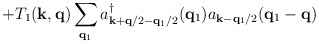
\begin{align*}+ T_{1}({\bf{k}}, {\bf{q}})\sum_{ {\bf{q}}_{1} }a^{\dagger}_{ {\bf{k}} + {\bf{q}}/2 - {\bf{q}}_{1}/2 }({\bf{q}}_{1})a_{ {\bf{k}} - {\bf{q}}_{1}/2 }({\bf{q}}_{1} - {\bf{q}})\end{align*}